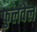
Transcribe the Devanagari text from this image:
फुलवेल